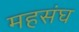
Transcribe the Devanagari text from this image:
महसंघ